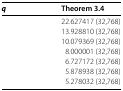
<table><thead><tr><td><b><i>q</i></b></td><td><b>Theorem 3.4</b></td></tr></thead><tbody><tr><td>[EMPTY_CELL]</td><td>22.627417 (32,768)</td></tr><tr><td>[EMPTY_CELL]</td><td>13.928810 (32,768)</td></tr><tr><td>[EMPTY_CELL]</td><td>10.079369 (32,768)</td></tr><tr><td>[EMPTY_CELL]</td><td>8.000001 (32,768)</td></tr><tr><td>[EMPTY_CELL]</td><td>6.727172 (32,768)</td></tr><tr><td>[EMPTY_CELL]</td><td>5.878938 (32,768)</td></tr><tr><td>[EMPTY_CELL]</td><td>5.278032 (32,768)</td></tr></tbody></table>